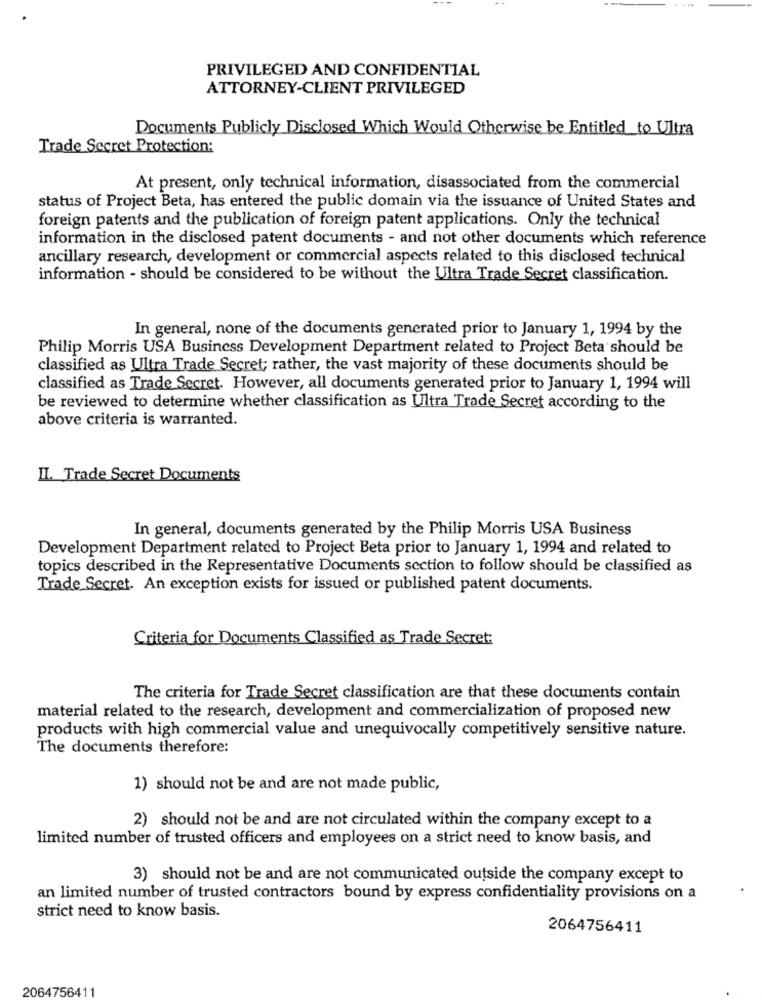
PRIVILEGED AND CONFIDENTIAL
ATTORNEY-CLIENT PRIVILEGED
Documents Publicly Disclosed Which Would Otherwise be Entitled_to Ultra
Trade Secret Protection:
At present, only technical information, disassociated from the commercial
status of Project Beta, has entered the public domain via the issuance of United States and
foreign patents and the publication of foreign patent applications. Only the technical
information in the disclosed patent documents - and not other documents which reference
ancillary research, development or commercial aspects related to this disclosed technical
information - should be considered to be without the Ultra Trade Secret classification.
In general, none of the documents generated prior to January 1, 1994 by the
Philip Morris USA Business Development Department related to Project Beta should be
classified as Ultra Trade Secret; rather, the vast majority of these documents should be
classified as Trade Secret. However, all documents generated prior to January 1, 1994 will
be reviewed to determine whether classification as Ultra Trade Secret according to the
above criteria is warranted.
II. Trade Secret Documents
In general, documents generated by the Philip Morris USA Business
Development Department related to Project Beta prior to January 1, 1994 and related to
topics described in the Representative Documents section to follow should be classified as
Trade Secret. An exception exists for issued or published patent documents.
Criteria for Documents Classified as Trade Secret:
The criteria for Trade Secret classification are that these documents contain
material related to the research, development and commercialization of proposed new
products with high commercial value and unequivocally competitively sensitive nature.
The documents therefore:
1) should not be and are not made public,
2) should not be and are not circulated within the company except to a
limited number of trusted officers and employees on a strict need to know basis, and
3) should not be and are not communicated outside the company except to
an limited number of trusted contractors bound by express confidentiality provisions on a
strict need to know basis.
2064756411
2064756411